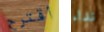
أقترح نداء